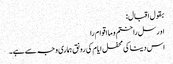
بقول اقبال:
او رسل را ختم و ما اقوام را
اس دینا کی محفل ایام کی رونق ہماری وجہ سے ہے۔